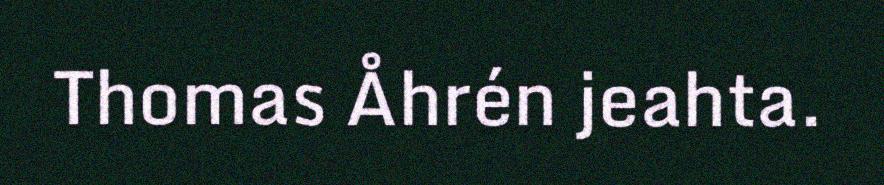
Thomas Åhrén jeahta.